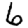
Digit: 6